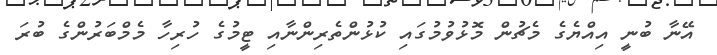
އޭނާ ބުނީ އިއްޔެގެ މެޗުން މޮޅުވުމުގައި ކުޅުންތެރިންނާއި ޓީމުގެ ހުރިހާ މެމްބަރުންގެ ބުރަ